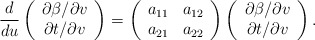
\begin{align*} \frac{d}{du}\left(\begin{array}{c} \partial\beta/\partial v\\ \partial t/\partial v \end{array}\right)=\left(\begin{array}{cc} a_{11} & a_{12}\\ a_{21} & a_{22}\end{array}\right)\left(\begin{array}{c} \partial\beta/\partial v\\ \partial t/\partial v\end{array}\right).\end{align*}